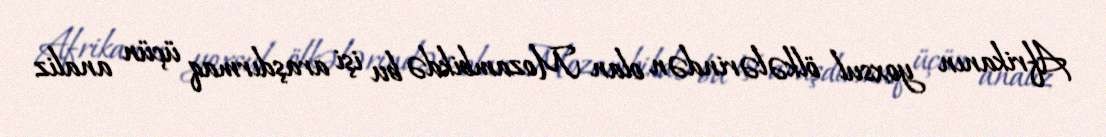
Afrikanın yoxsul ölkələrindən olan Mozambikdə bu işi araşdırmaq üçün analiz